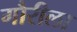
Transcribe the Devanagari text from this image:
गौरीला